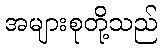
အများစုတို့သည်